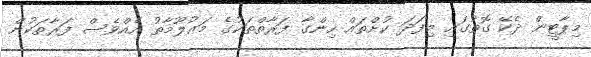
މިޕާޓީން ދެކޭ ގޮތުގައި މިފަދަ ކުށްތައް ހިންގާ ފަރާތްތަކުގެ މަޢުލޫމާތު އެއްވެސް ފަރާތަކުން